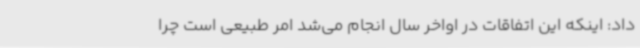
داد: اینکه این اتفاقات در اواخر سال انجام می‌شد امر طبیعی است چرا